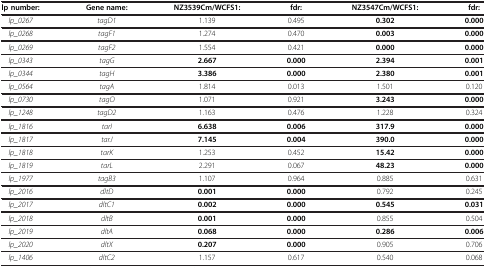
<table><thead><tr><td><b>lp number:</b></td><td><b>Gene name:</b></td><td><b>NZ3539Cm/WCFS1:</b></td><td><b>fdr:</b></td><td><b>NZ3547Cm/WCFS1:</b></td><td><b>fdr:</b></td></tr></thead><tbody><tr><td><i>lp_0267</i></td><td><i>tagD1</i></td><td>1.139</td><td>0.495</td><td><b>0.302</b></td><td><b>0.000</b></td></tr><tr><td><i>lp_0268</i></td><td><i>tagF1</i></td><td>1.274</td><td>0.470</td><td><b>0.003</b></td><td><b>0.000</b></td></tr><tr><td><i>lp_0269</i></td><td><i>tagF2</i></td><td>1.554</td><td>0.421</td><td><b>0.000</b></td><td><b>0.000</b></td></tr><tr><td><i>lp_0343</i></td><td><i>tagG</i></td><td><b>2.667</b></td><td><b>0.000</b></td><td><b>2.394</b></td><td><b>0.001</b></td></tr><tr><td><i>lp_0344</i></td><td><i>tagH</i></td><td><b>3.386</b></td><td><b>0.000</b></td><td><b>2.380</b></td><td><b>0.001</b></td></tr><tr><td><i>lp_0564</i></td><td><i>tagA</i></td><td>1.814</td><td>0.013</td><td>1.501</td><td>0.120</td></tr><tr><td><i>lp_0730</i></td><td><i>tagO</i></td><td>1.071</td><td>0.921</td><td><b>3.243</b></td><td><b>0.000</b></td></tr><tr><td><i>lp_1248</i></td><td><i>tagD2</i></td><td>1.163</td><td>0.476</td><td>1.228</td><td>0.324</td></tr><tr><td><i>lp_1816</i></td><td><i>tarI</i></td><td><b>6.638</b></td><td><b>0.006</b></td><td><b>317.9</b></td><td><b>0.000</b></td></tr><tr><td><i>lp_1817</i></td><td><i>tarJ</i></td><td><b>7.145</b></td><td><b>0.004</b></td><td><b>390.0</b></td><td><b>0.000</b></td></tr><tr><td><i>lp_1818</i></td><td><i>tarK</i></td><td>1.253</td><td>0.452</td><td><b>15.42</b></td><td><b>0.000</b></td></tr><tr><td><i>lp_1819</i></td><td><i>tarL</i></td><td>2.291</td><td>0.067</td><td><b>48.23</b></td><td><b>0.000</b></td></tr><tr><td><i>lp_1977</i></td><td><i>tagB3</i></td><td>1.107</td><td>0.964</td><td>0.885</td><td>0.631</td></tr><tr><td><i>lp_2016</i></td><td><i>dltD</i></td><td><b>0.001</b></td><td><b>0.000</b></td><td>0.792</td><td>0.245</td></tr><tr><td><i>lp_2017</i></td><td><i>dltC1</i></td><td><b>0.002</b></td><td><b>0.000</b></td><td><b>0.545</b></td><td><b>0.031</b></td></tr><tr><td><i>lp_2018</i></td><td><i>dltB</i></td><td><b>0.001</b></td><td><b>0.000</b></td><td>0.855</td><td>0.504</td></tr><tr><td><i>lp_2019</i></td><td><i>dltA</i></td><td><b>0.068</b></td><td><b>0.000</b></td><td><b>0.286</b></td><td><b>0.006</b></td></tr><tr><td><i>lp_2020</i></td><td><i>dltX</i></td><td><b>0.207</b></td><td><b>0.000</b></td><td>0.905</td><td>0.706</td></tr><tr><td><i>lp_1406</i></td><td><i>dltC2</i></td><td>1.157</td><td>0.617</td><td>0.540</td><td>0.068</td></tr></tbody></table>